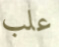
علب